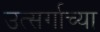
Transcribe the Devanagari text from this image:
उत्सर्गाच्या